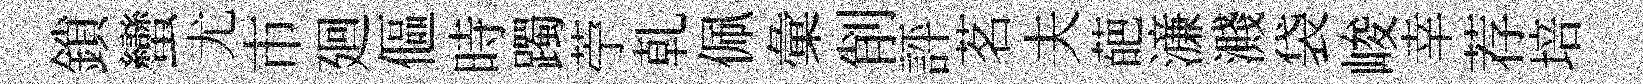
鎖蠻尤市廻傴時躅苧乹佩彙削評茗夫葩濓濺袋峻幸荐培